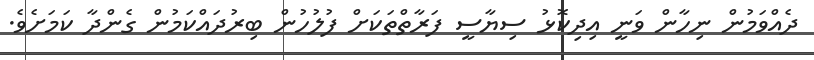
ދެއްވަމުން ނިހާން ވަނީ އިދިކޮޅު ސިޔާސީ ފަރާތްތަކަށް ފުލުހުން ބިރުދައްކަމުން ގެންދާ ކަމަށެވެ.